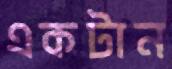
একটান